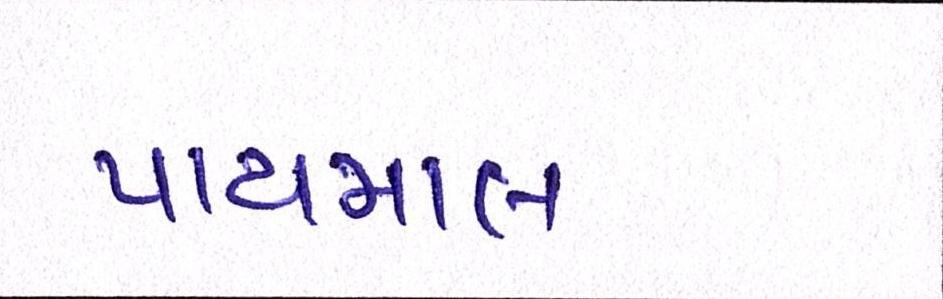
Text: પાયમાલ